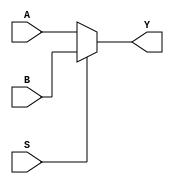
module mux2to1 (
    input A,
    input B,
    input S,
    output Y
);
    assign Y = S ? B : A;
endmodule

module mux4to1 (
    input I0,
    input I1,
    input I2,
    input I3,
    input S0,
    input S1,
    output Y
);
    wire Y0, Y1;

    mux2to1 mux0 (.A(I0), .B(I1), .S(S0), .Y(Y0));
    mux2to1 mux1 (.A(I2), .B(I3), .S(S0), .Y(Y1));
    mux2to1 mux2 (.A(Y0), .B(Y1), .S(S1), .Y(Y));
endmodule

module mux8to1 (
    input I0,
    input I1,
    input I2,
    input I3,
    input I4,
    input I5,
    input I6,
    input I7,
    input S0,
    input S1,
    input S2,
    output Y
);
    wire Y0, Y1;

    mux4to1 mux0 (.I0(I0), .I1(I1), .I2(I2), .I3(I3), .S0(S0), .S1(S1), .Y(Y0));
    mux4to1 mux1 (.I0(I4), .I1(I5), .I2(I6), .I3(I7), .S0(S0), .S1(S1), .Y(Y1));
    mux2to1 mux2 (.A(Y0), .B(Y1), .S(S2), .Y(Y));
endmodule